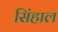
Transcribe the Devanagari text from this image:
सिंहाल